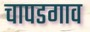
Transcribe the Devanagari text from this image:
चापडगाव